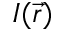
I ( \vec { r } )